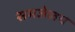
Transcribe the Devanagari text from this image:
समजेलच